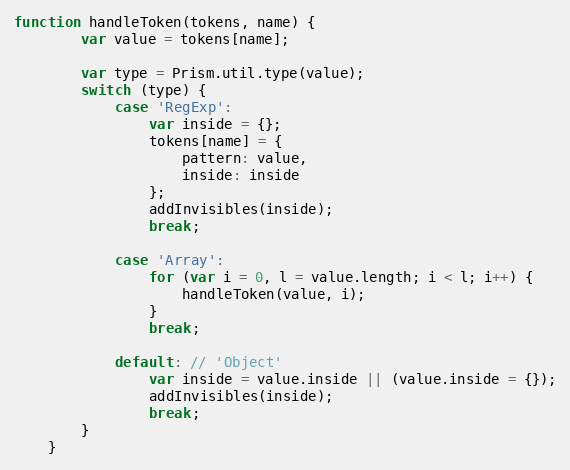
Language: JavaScript
function handleToken(tokens, name) {
		var value = tokens[name];

		var type = Prism.util.type(value);
		switch (type) {
			case 'RegExp':
				var inside = {};
				tokens[name] = {
					pattern: value,
					inside: inside
				};
				addInvisibles(inside);
				break;

			case 'Array':
				for (var i = 0, l = value.length; i < l; i++) {
					handleToken(value, i);
				}
				break;

			default: // 'Object'
				var inside = value.inside || (value.inside = {});
				addInvisibles(inside);
				break;
		}
	}